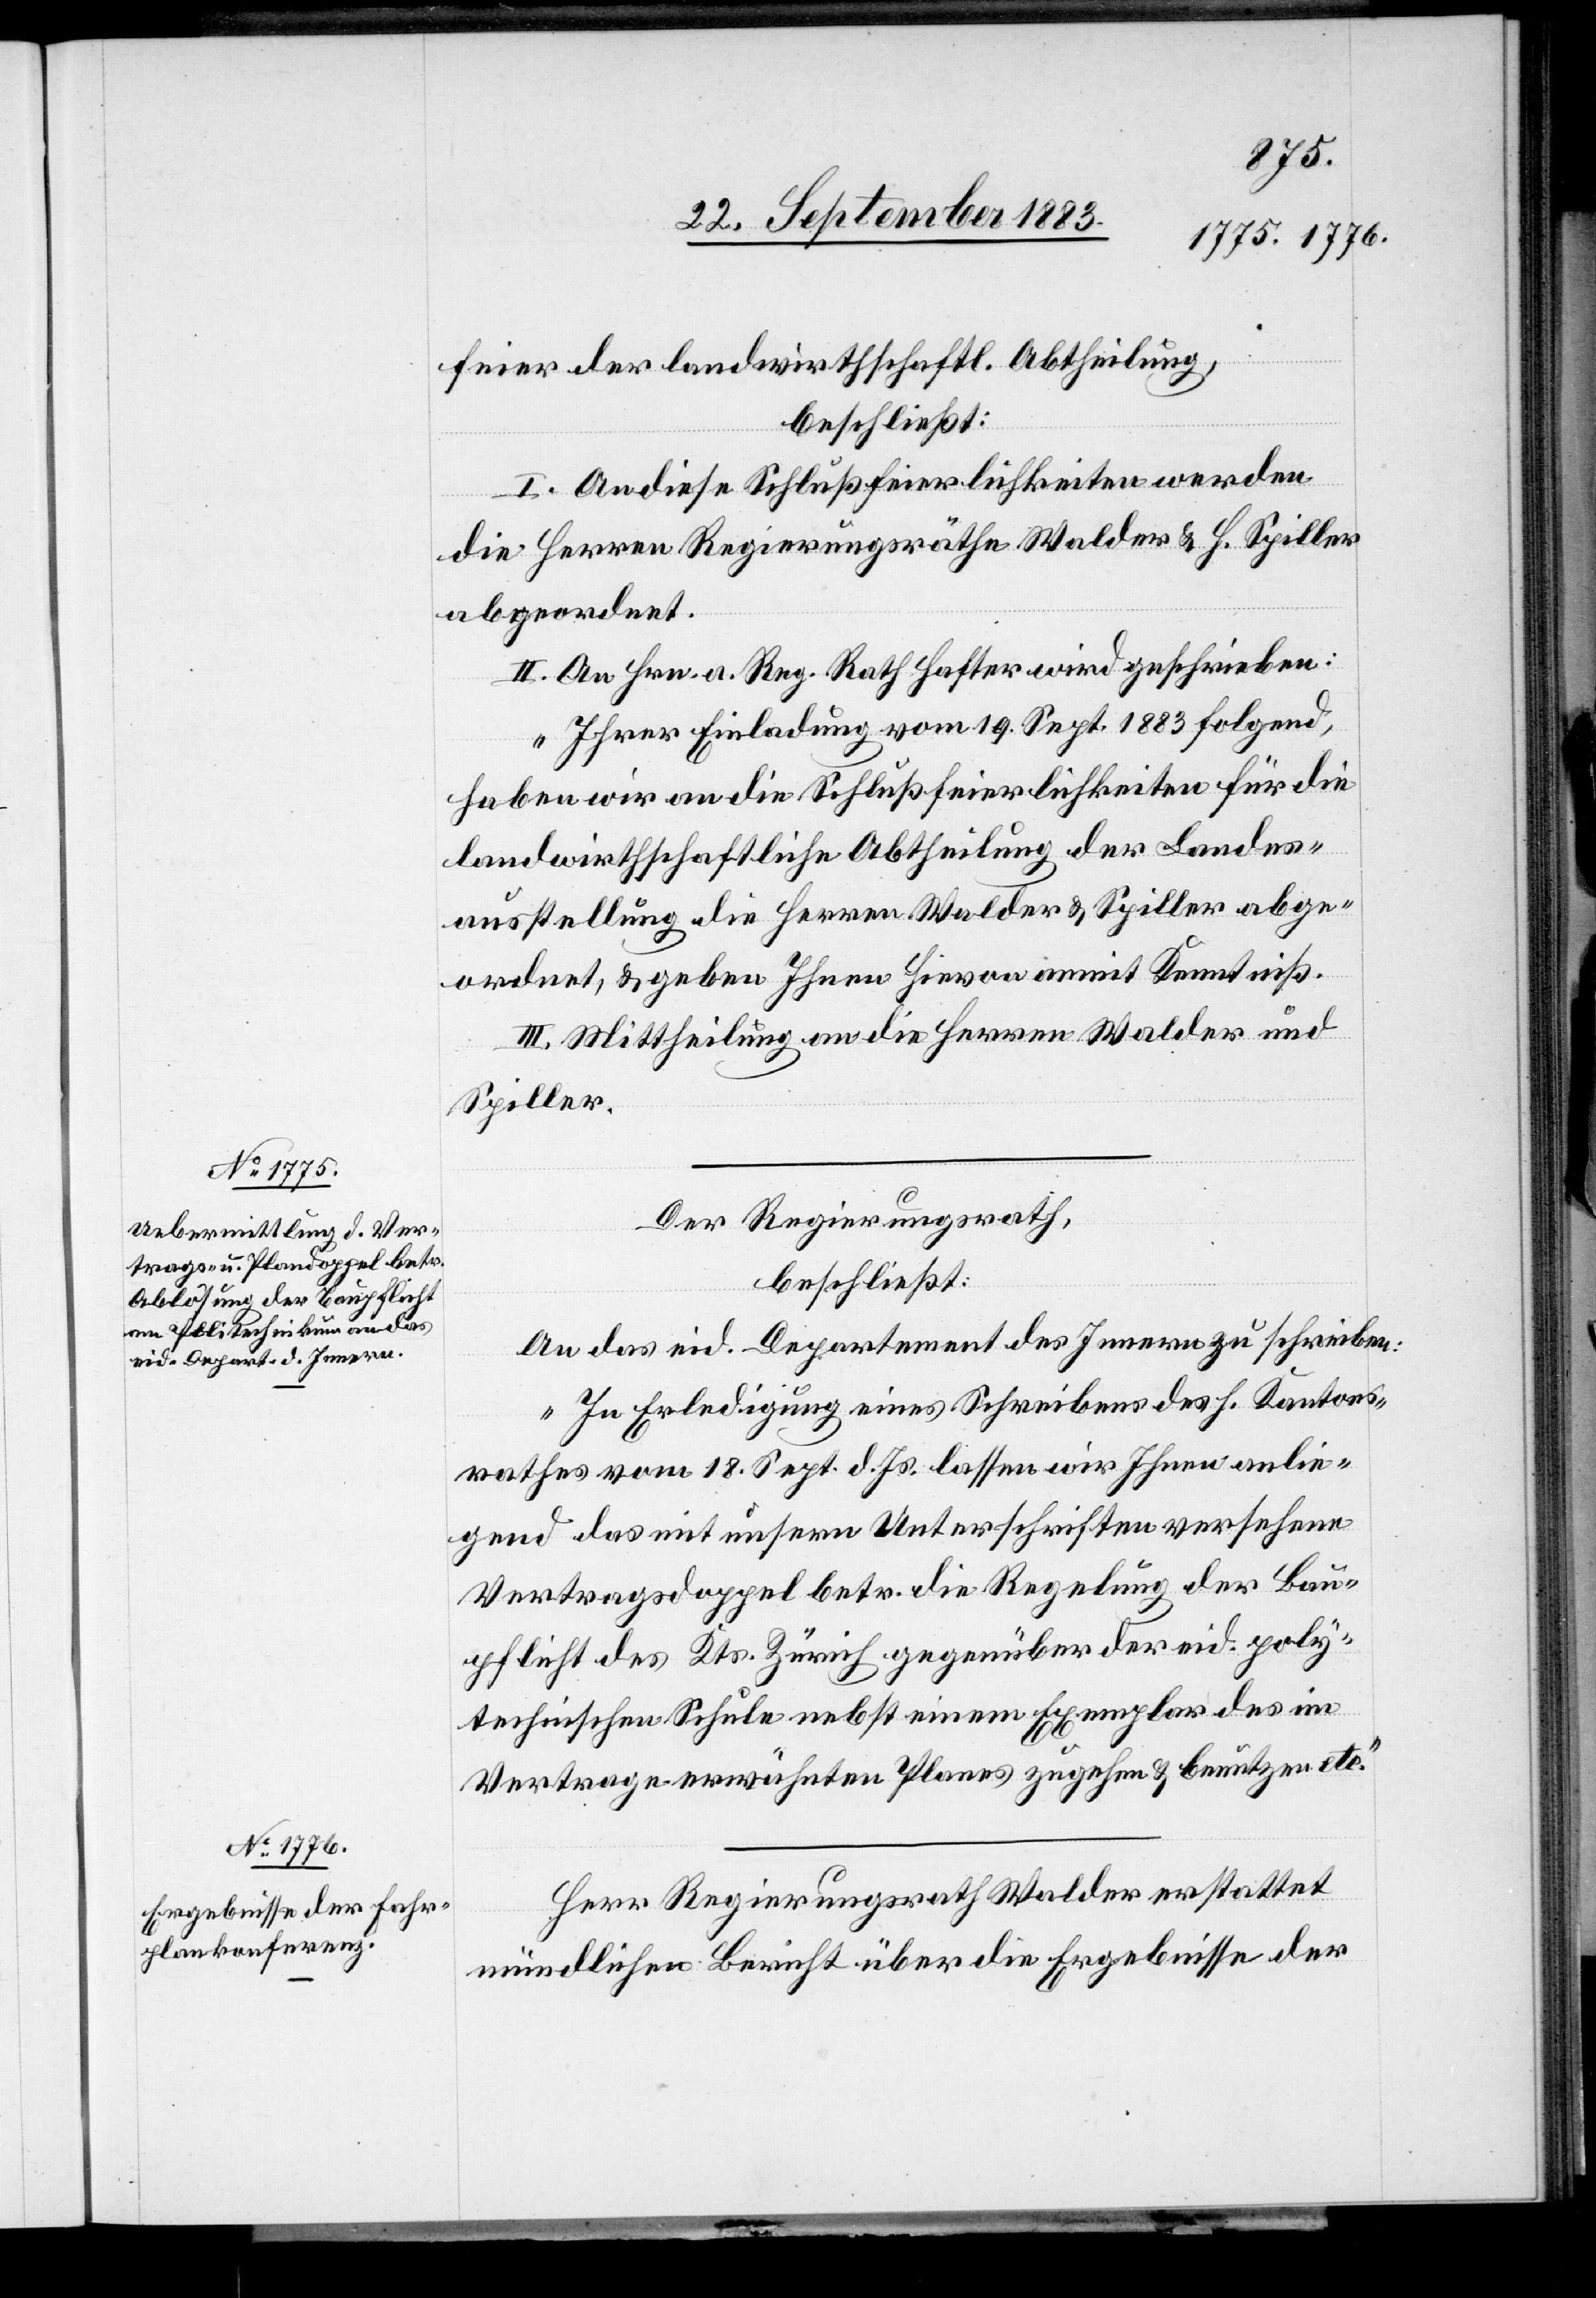
feier der landwirthschaftl. Abtheilung,
beschließt:
I. An diese Schlußfeierlichkeiten werden
die Herren Regierungsräthe Walder & H. Spiller
abgeordnet.
II. An Hrn. a. Reg. Rath Hafter wird geschrieben:
„Ihrer Einladung vom 19. Sept. 1883 folgend,
haben wir an die Schlußfeierlichkeiten für die
landwirthschaftliche Abtheilung der Landes¬
ausstellung die Herren Walder & Spiller abge¬
ordnet, & geben Ihnen hievon anmit Kenntniß.“
III. Mittheilung an die Herren Walder und
Spiller.
Der Regierungsrath,
beschließt:
An das eid. Departement des Innern zu schreiben:
„In Erledigung eines Schreibens des h. Kantons¬
rathes vom 18. Sept. d. Js. lassen wir Ihnen anlie¬
gend das mit unsern Unterschriften versehene
Vertragsdoppel betr. die Regelung der Bau¬
pflicht des Kts. Zürich gegenüber der eid. poly¬
technischen Schule nebst einem Exemplar des im
Vertrage erwähnten Planes zugehen & benutzen etc.“
Herr Regierungsrath Walder erstattet
mündlichen Bericht über die Ergebnisse der